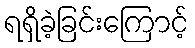
ရရှိခဲ့ခြင်းကြောင့်